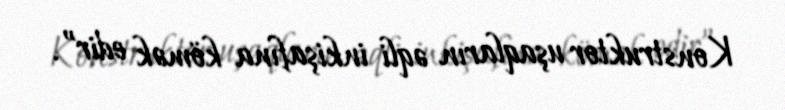
Konstruktor uşaqların əqli inkişafına kömək edir”.